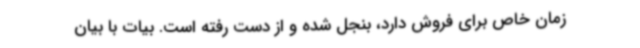
زمان خاص برای فروش دارد، بنجل شده و از دست رفته است. بیات با بیان